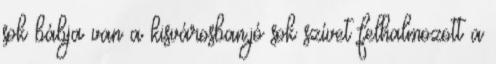
sok bábja van a kisvárosban,jó sok szívet felhalmozott a